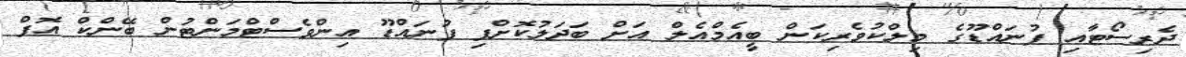
ދެރިސޯޓާއި ފުނައްޑޫގެ މިލްކުވެރިކަން ބީއެމްއެލް އަށް ބަދަލުކޮށްފި ފުނައްޑޫ އިންވެސްޓްމަންޓުން ބޭންކް އޮފް